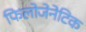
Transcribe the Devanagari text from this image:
फिलोजेनेटिक